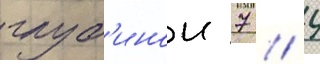
глуб'инои 7 / 4